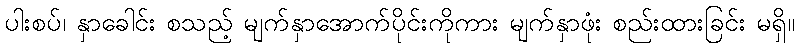
ပါးစပ်၊ နှာခေါင်း စသည့် မျက်နှာအောက်ပိုင်းကိုကား မျက်နှာဖုံး စည်းထားခြင်း မရှိ။